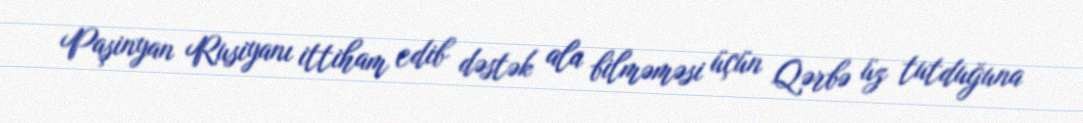
Paşinyan Rusiyanı ittiham edib dəstək ala bilməməsi üçün Qərbə üz tutduğuna